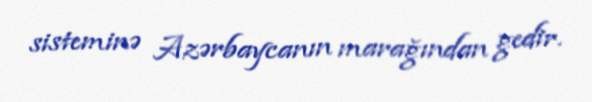
sisteminə Azərbaycanın marağından gedir.